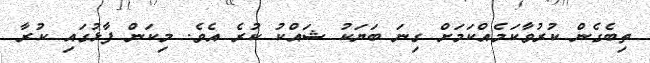
ތިބެގެން ކުރުވާކަމެއްކަމަށް ގިނަ ބަޔަކު ޝައްކު ކުރެ އެވެ. މިކަން ފާޅުގައި ކުރާ